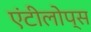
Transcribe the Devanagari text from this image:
एंटीलोप्स